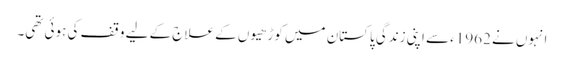
انہوں نے 1962ء سے اپنی زندگی پاکستان میں کوڑھیوں کے علاج کے لیے وقف کی ہوئی تھی۔